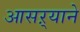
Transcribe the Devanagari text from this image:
आसऱ्याने